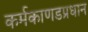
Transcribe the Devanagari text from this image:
कर्मकाणडप्रधान